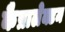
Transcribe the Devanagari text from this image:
कैप्रालेक्टम